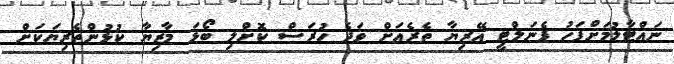
ނައްޓާލުމަށްފަހު ޕެނަލްޓީ އޭރިޔާ ތެރެއަށް ވަދެ ހުރަސް ކޮށްލި ބޯޅަ މާޒިޔާ ކުޅުންތެރިޔަކަށް